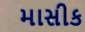
માસીક